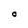
Character: O